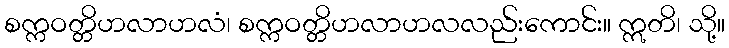
စက္ကဝတ္တိဟလာဟလံ၊ စက္ကဝတ္တိဟလာဟလလည်းကောင်း။ ဣတိ၊ သို့။